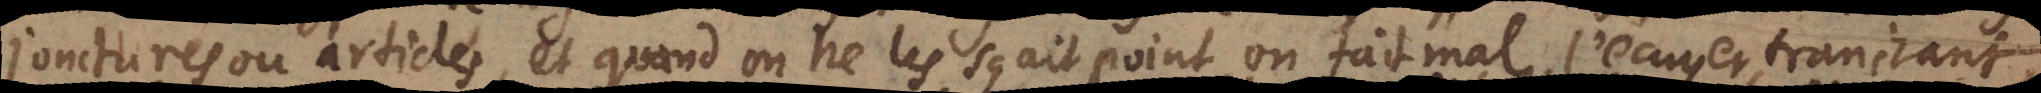
jonctures ou articles, et quand on ne les sçait point on fait mal l’écuyer tranchant,